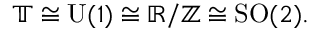
\mathbb { T } \cong { \mathrm { U } } ( 1 ) \cong \mathbb { R } / \mathbb { Z } \cong { \mathrm { S O } } ( 2 ) .